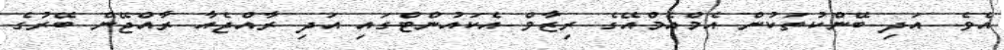
އެވެ. އަދި ބޭންކުތަކުން އެމްއެމްއޭގެ ރިޒާވް އެކައުންޓްގައި އަދި ރާއްޖެއާ ރާއްޖޭން ބޭރުގެ